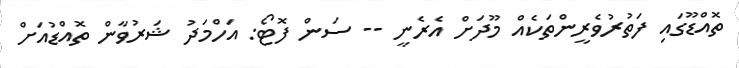
ތޮއްޑޫގައި ފަތުރުވެރީންތަކެއް މޫދަށް އެރެނީ -- ސަން ފޮޓޯ: އަހްމަދު ޝަރުވާން ތޮއްޑުއަށް